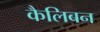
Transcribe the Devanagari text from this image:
कैलिबन